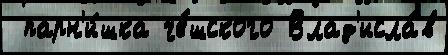
 парн'и́шка че́шского Влад'исла́в